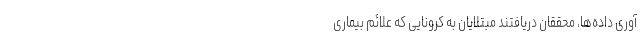
آوری داده‌ها، محققان دریافتند مبتلایان به کرونایی که علائم بیماری